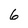
Character: 6